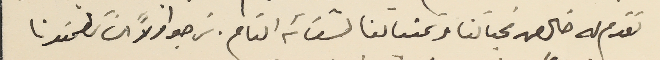
تقدم له خالص تحياتنا وتمنياتنا لشفائه التام. نرجو اولاً ان تطمنونا